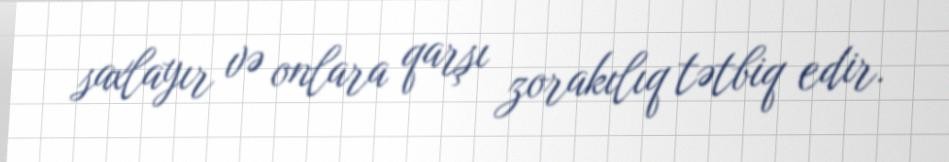
saxlayır və onlara qarşı zorakılıq tətbiq edir.